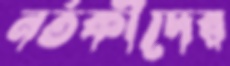
নর্তকীদের